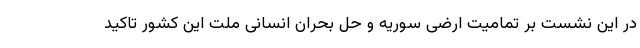
در این نشست بر تمامیت ارضی سوریه و حل بحران انسانی ملت این کشور تاکید